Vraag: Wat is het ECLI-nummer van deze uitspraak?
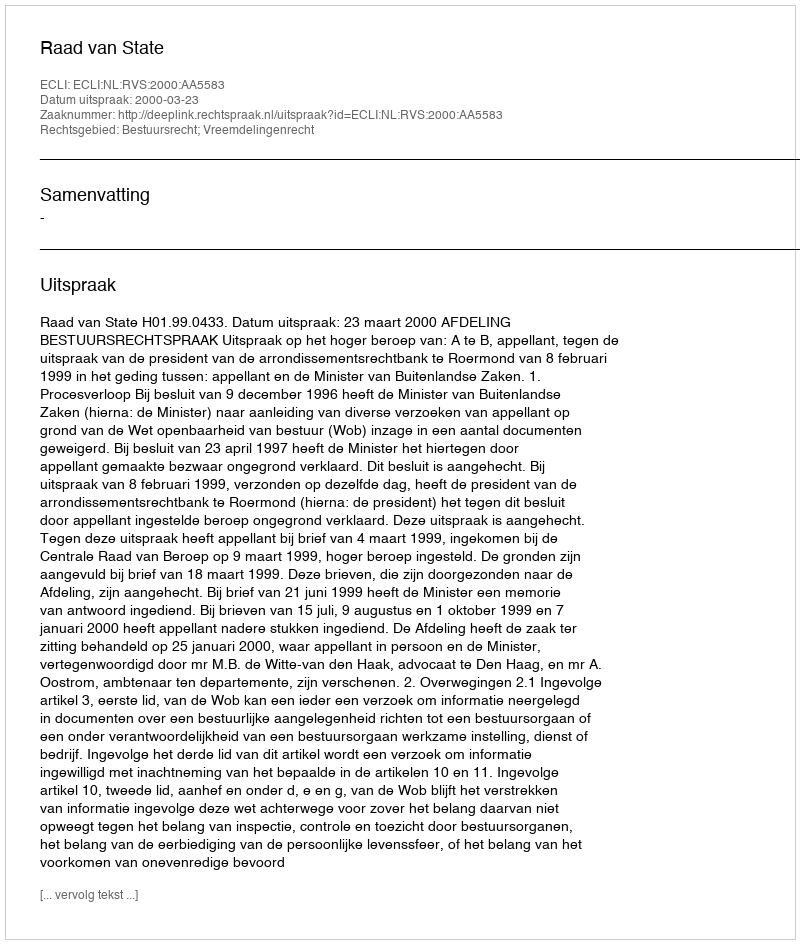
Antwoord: ECLI:NL:RVS:2000:AA5583